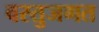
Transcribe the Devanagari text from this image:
वस्तुजगत